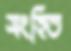
সংহিত